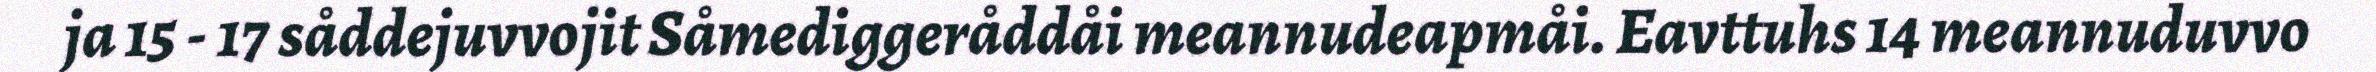
ja 15 - 17 såddejuvvojit Såmediggeråddåi meannudeapmåi. Eavttuhs 14 meannuduvvo